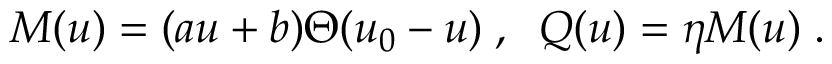
M ( u ) = ( a u + b ) \Theta ( u _ { 0 } - u ) \; , \; \; Q ( u ) = \eta M ( u ) \; .